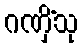
ဂဏှိံသု